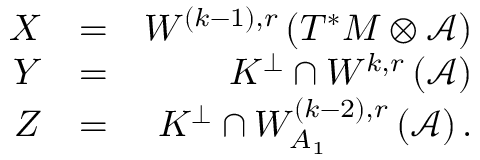
\begin{array} { r l r } { X } & { = } & { W ^ { \left( k - 1 \right) , r } \left( T ^ { \ast } M \otimes \mathcal { A } \right) } \\ { Y } & { = } & { K ^ { \perp } \cap W ^ { k , r } \left( \mathcal { A } \right) } \\ { Z } & { = } & { K ^ { \perp } \cap W _ { A _ { 1 } } ^ { \left( k - 2 \right) , r } \left( \mathcal { A } \right) . } \end{array}